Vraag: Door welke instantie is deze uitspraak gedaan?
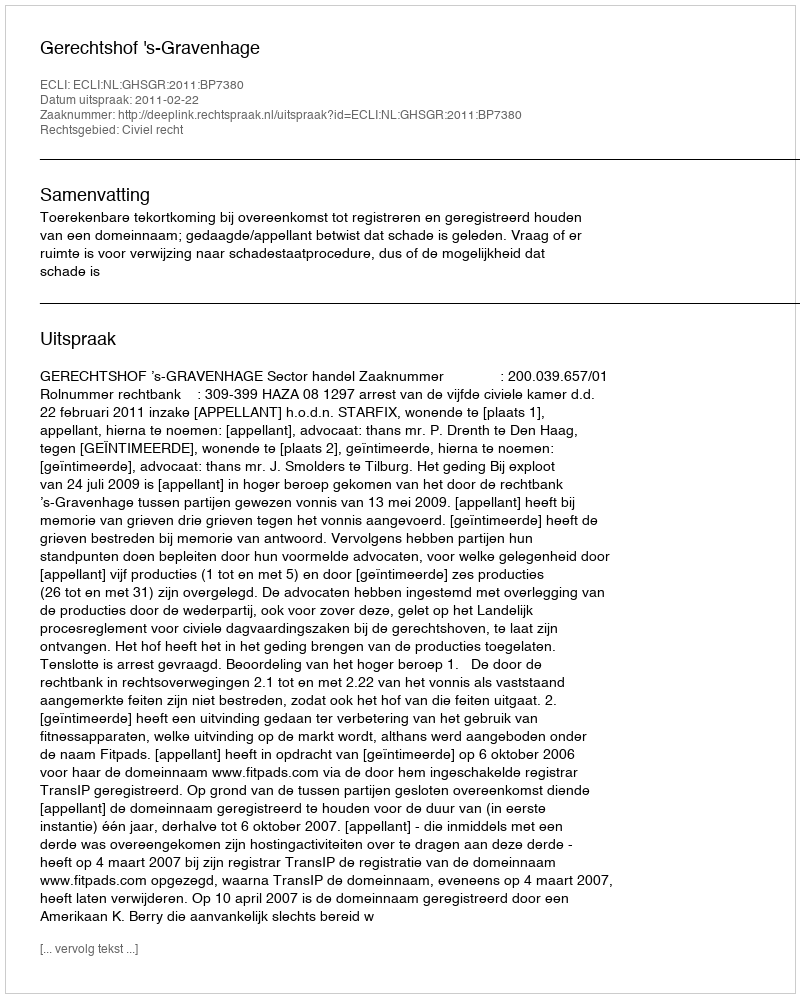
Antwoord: Gerechtshof 's-Gravenhage